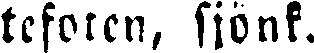
tekoren, sjönk.